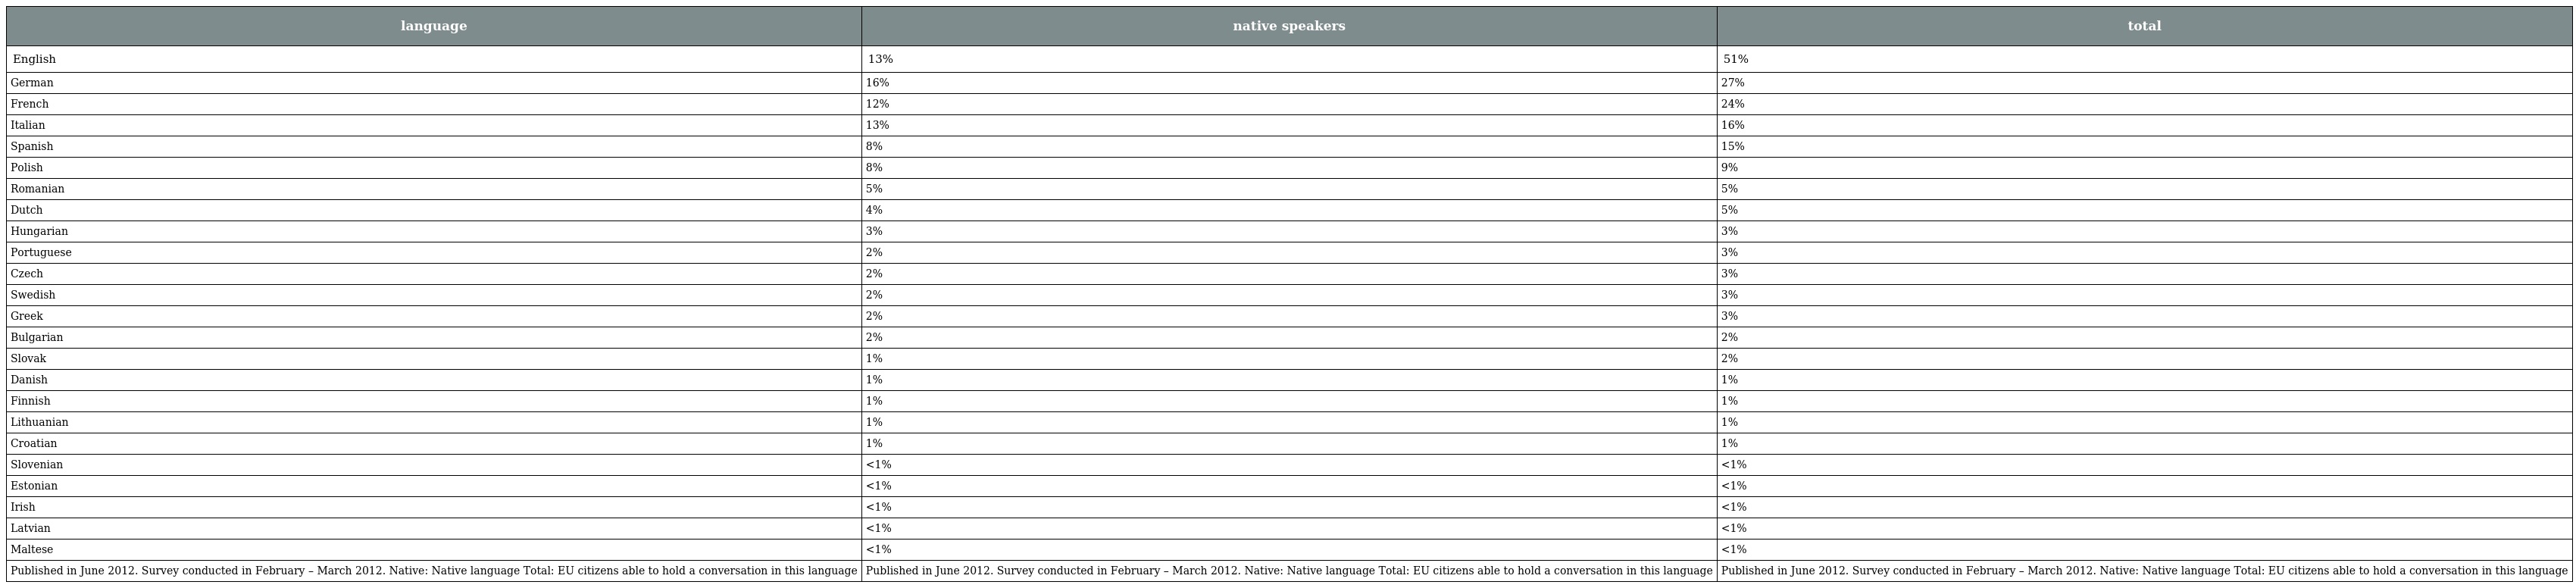
| language | native speakers | total |
 | --- | --- | --- |
 | English | 13% | 51% |
 | German | 16% | 27% |
 | French | 12% | 24% |
 | Italian | 13% | 16% |
 | Spanish | 8% | 15% |
 | Polish | 8% | 9% |
 | Romanian | 5% | 5% |
 | Dutch | 4% | 5% |
 | Hungarian | 3% | 3% |
 | Portuguese | 2% | 3% |
 | Czech | 2% | 3% |
 | Swedish | 2% | 3% |
 | Greek | 2% | 3% |
 | Bulgarian | 2% | 2% |
 | Slovak | 1% | 2% |
 | Danish | 1% | 1% |
 | Finnish | 1% | 1% |
 | Lithuanian | 1% | 1% |
 | Croatian | 1% | 1% |
 | Slovenian | <1% | <1% |
 | Estonian | <1% | <1% |
 | Irish | <1% | <1% |
 | Latvian | <1% | <1% |
 | Maltese | <1% | <1% |
 | Published in June 2012. Survey conducted in February – March 2012. Native: Native language Total: EU citizens able to hold a conversation in this language | Published in June 2012. Survey conducted in February – March 2012. Native: Native language Total: EU citizens able to hold a conversation in this language | Published in June 2012. Survey conducted in February – March 2012. Native: Native language Total: EU citizens able to hold a conversation in this language |